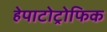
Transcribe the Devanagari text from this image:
हेपाटोट्रोफिक